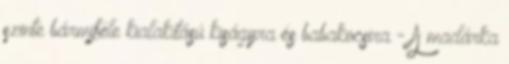
szinte bármiféle kialakítású kiságyra és babakocsira - A madárka